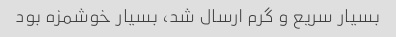
بسیار سریع و گرم ارسال شد، بسیار خوشمزه بود